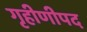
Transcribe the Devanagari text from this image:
गृहीणीपद